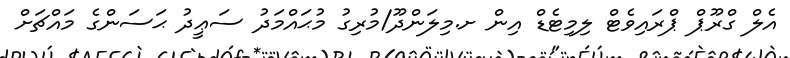
އެލް ގްރޫޕް ޕްރައިވެޓް ލިމިޓެޑް އިން ށ.މިލަންދޫ/މުރިގު މުޙައްމަދު ސަޢީދު ޙަސަންގެ މައްޗަށް